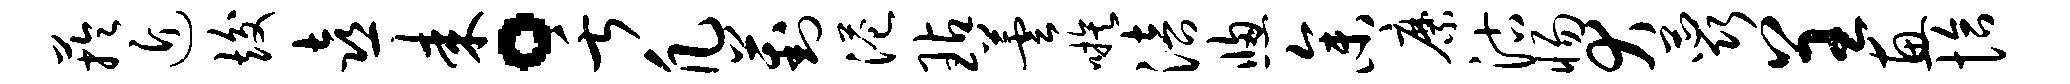
芋近竣喜耒。舌凡葑港玷芸嗾涪窗参縻沽惕犬蕊呈惠恰